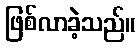
ဖြစ်လာခဲ့သည်။